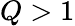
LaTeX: Q>1